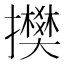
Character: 𢸅